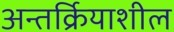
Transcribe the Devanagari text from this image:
अन्तर्क्रियाशील